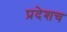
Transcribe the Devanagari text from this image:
प्रदेशच